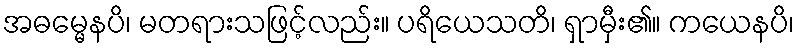
အဓမ္မေနပိ၊ မတရားသဖြင့်လည်း။ ပရိယေသတိ၊ ရှာမှီး၏။ ကယေနပိ၊